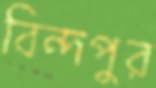
বিন্দপুর